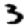
Digit: 3